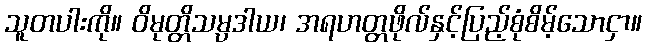
သူတပါးကို။ ဝိမုတ္တိသမ္ပဒါယ၊ အရဟတ္တဖိုလ်နှင့်ပြည့်စုံစိမ့်သောငှာ။